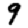
Digit: 9